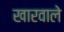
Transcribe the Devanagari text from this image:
खारवाले